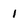
Character: 1